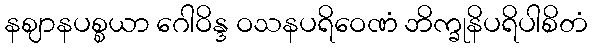
နဈာနပစ္စယာ ဂေါဝိန္ဒ ဝသနပရိဝေဏံ ဘိက္ခုနိပရိပါစိတံ